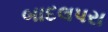
બાદલપરા